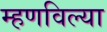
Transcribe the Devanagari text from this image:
म्हणविल्या